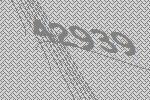
42939